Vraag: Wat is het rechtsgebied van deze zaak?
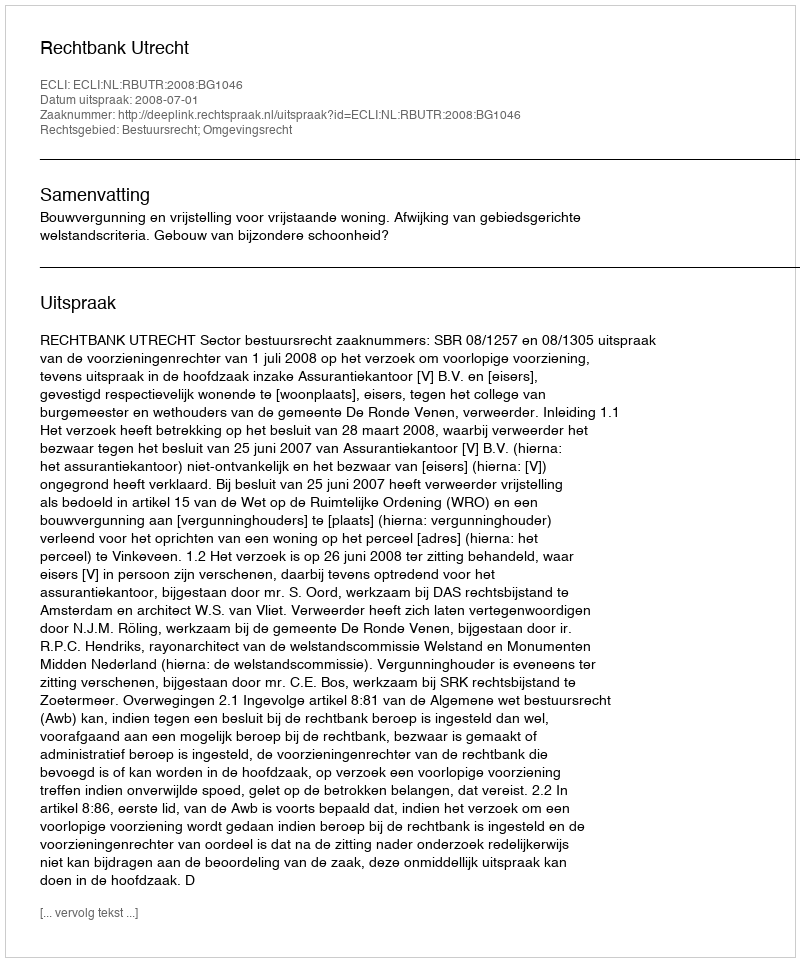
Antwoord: Bestuursrecht; Omgevingsrecht